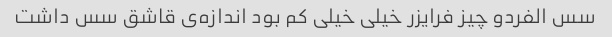
سس الفردو چیز فرایزر خیلی خیلی کم بود اندازه‌ی قاشق سس داشت